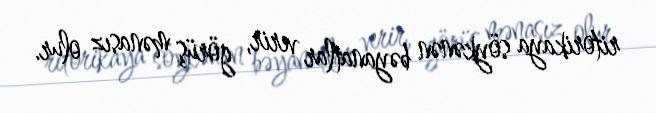
ritorikaya söykənən bəyanatlar verir, görüş mənasız olur.